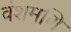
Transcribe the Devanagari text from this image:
वंशमणि